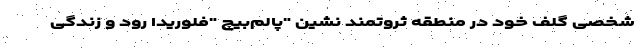
شخصی گلف خود در منطقه ثروتمند نشین "پالم‌بیچ "فلوریدا رود و زندگی